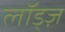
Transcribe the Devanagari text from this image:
लॉड्ज़